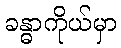
ခန္ဓာကိုယ်မှာ